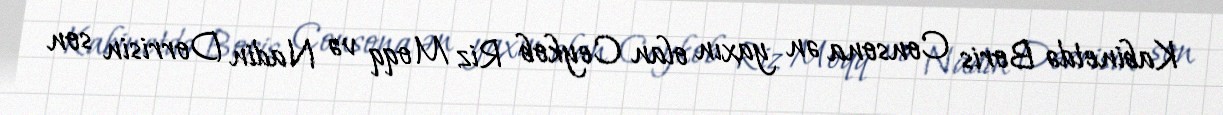
Kabinetdə Boris Consona ən yaxın olan Ceykob Riz Moqq və Nadin Dorrisin son